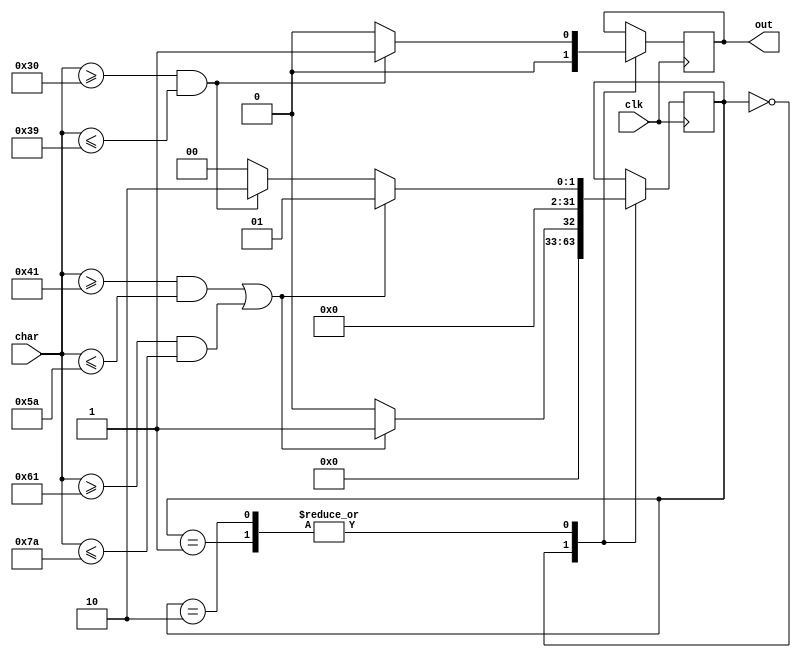
`timescale 1ns / 1ps
//////////////////////////////////////////////////////////////////////////////////
// Company: 
// Engineer: 
// 
// Design Name: 
// Module Name:    id_fsm 
// Project Name: 
// Target Devices: 
// Tool versions: 
// Description: 
//
// Dependencies: 
//
// Revision: 
// Revision 0.01 - File Created
// Additional Comments: 
//
//////////////////////////////////////////////////////////////////////////////////
module id_fsm(
    input [7:0] char,
    input clk,
    output reg out
    );
	 
	integer state = 0;
	 
	always @(posedge clk) begin
		case (state)
			0: begin
				if ((char >= 8'h41 && char <= 8'h5a) || (char >= 8'h61 && char <= 8'h7a))
					state <= 1;
				else
					state <= 0;
				out <= 0;
			end
			1: begin
				if ((char >= 8'h41 && char <= 8'h5a) || (char >= 8'h61 && char <= 8'h7a))
					state <= 1;
				else if (char >= 8'h30 && char <= 8'h39)
					state <= 2;
				else
					state <= 0;
				out <= (char >= 8'h30 && char <= 8'h39) ? 1 : 0;
			end
			2: begin
				if ((char >= 8'h41 && char <= 8'h5a) || (char >= 8'h61 && char <= 8'h7a))
					state <= 1;
				else if (char >= 8'h30 && char <= 8'h39)
					state <= 2;
				else 
					state <= 0;
				out <= (char >= 8'h30 && char <= 8'h39) ? 1 : 0;
			end
		endcase
	end 

endmodule